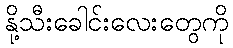
နို့သီးခေါင်းလေးတွေကို